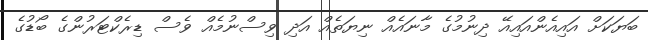
ބަޔަކަށް އައިއެންއައިއޭ ދިނުމުގެ މާނައެއް ނިޔަތެއް އަދި ވިސްނުމެއް ވެސް ޑިރެކްޓަރުންގެ ބޯޑުގެ